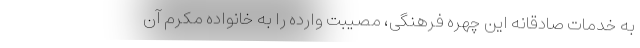
به خدمات صادقانه این چهره فرهنگی، مصیبت وارده را به خانواده مکرم آن